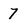
Character: 7